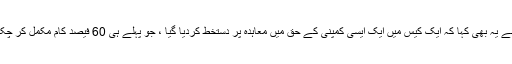
ذرائع نے یہ بھی کہا کہ ایک کیس میں ایک ایسی کمپنی کے حق میں معاہدہ پر دستخط کردیا گیا ، جو پہلے ہی 60 فیصد کام مکمل کر چکی تھی۔